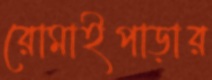
রোমাইপাড়ার